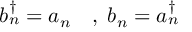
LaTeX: b _ { n } ^ { \dagger } = a _ { n } \quad , \; b _ { n } = a _ { n } ^ { \dagger }